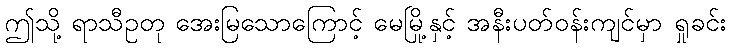
ဤသို့ ရာသီဥတု အေးမြသောကြောင့် မေမြို့နှင့် အနီးပတ်ဝန်းကျင်မှာ ရှုခင်း